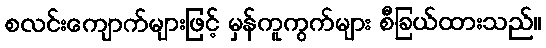
စလင်းကျောက်များဖြင့် မှန်ကူကွက်များ စီခြယ်ထားသည်။